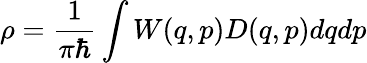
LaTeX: \rho=\frac{1}{\pi\hbar}\int W(q,p)D(q,p)dqdp